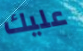
عليك